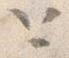
と